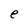
Character: e